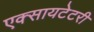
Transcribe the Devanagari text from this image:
एक्सायटेटरी